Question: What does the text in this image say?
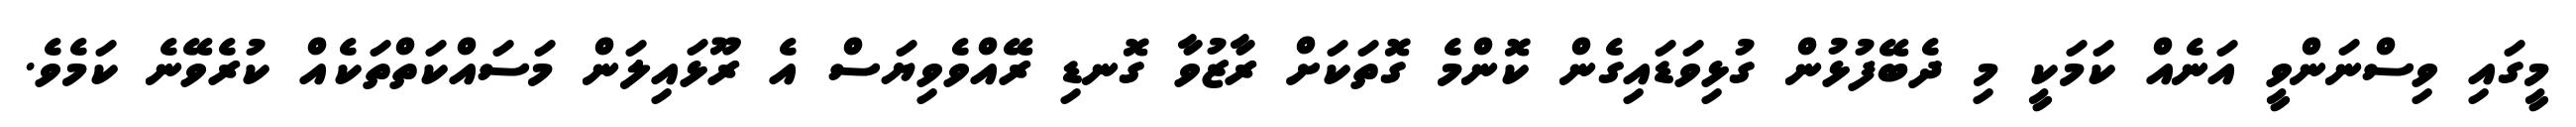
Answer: މީގައި ވިސްނަންވީ އަނެއް ކަމަކީ މި ދެބޭފުޅުން ގުޅިވަޑައިގެން ކޮންމެ ގޮތަކަށް ރާޒުވާ ގޮނޑި ރޭއްވެވިޔަސް އެ ރޫޅައިލަން މަސައްކަތްތަކެއް ކުރެވޭނެ ކަމެވެ.